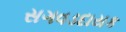
સગવડદાયક